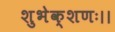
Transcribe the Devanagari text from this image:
शुभेक्शणः।।